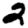
Digit: 2